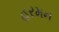
હરમન